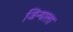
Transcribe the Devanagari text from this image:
जिन्याला